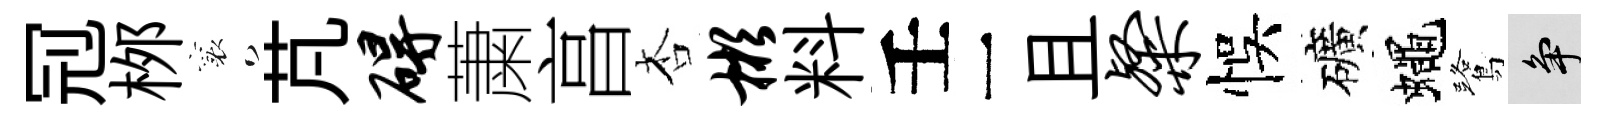
𠜍桞襄芃碍䔥亯杏彬料壬一且粲悞礦蠅鷺争